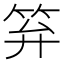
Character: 笲